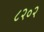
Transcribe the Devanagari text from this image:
८२०२